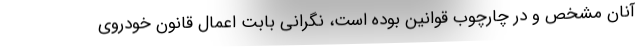
آنان مشخص و در چارچوب قوانین بوده است، نگرانی بابت اعمال قانون خودروی